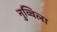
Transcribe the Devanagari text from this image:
नुव्विला